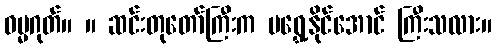
ဓမ္မဂုတ်။ ။ ဆင်းတုတော်ကြီးက မရွှေ့နိုင်အောင် ကြီးသလား။